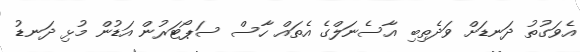
އެވަގުތު ދަނޑަށް ވަދެތިބި އާސެނަލްގެ އެތައް ހާސް ސަޕޯޓަރުން އަޑުން މުޅި ދަނޑު